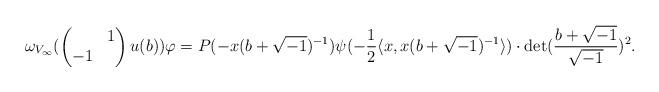
LaTeX: \begin{align*} \omega_{V_\infty}( \begin{pmatrix} & 1 \\ -1 & \end{pmatrix} u(b)) \varphi = P(-x(b+\sqrt{-1})^{-1}) \psi(-\frac{1}{2}\langle x,x(b+\sqrt{-1})^{-1} \rangle) \cdot {\rm det}(\frac{b+\sqrt{-1}}{\sqrt{-1}})^2. \end{align*}